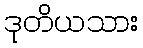
ဒုတိယသား